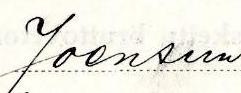
Joensuu